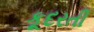
કૂદરતી